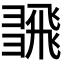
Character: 𢑮